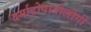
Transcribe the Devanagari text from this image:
दर्माटोपातोलोगी